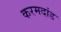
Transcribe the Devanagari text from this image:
करमदांड